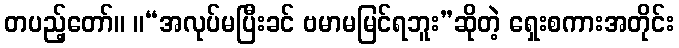
တပည့်တော်။ ။“အလုပ်မပြီးခင် ဗမာမမြင်ရဘူး”ဆိုတဲ့ ရှေးစကားအတိုင်း